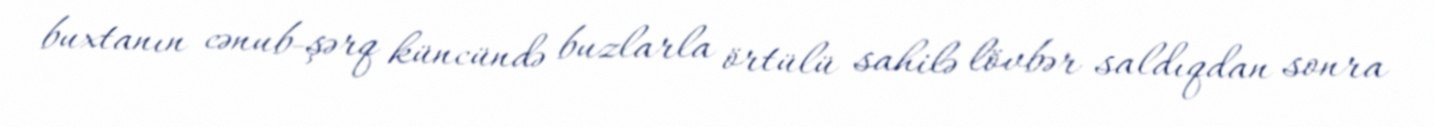
buxtanın cənub-şərq küncündə buzlarla örtülü sahilə lövbər saldıqdan sonra